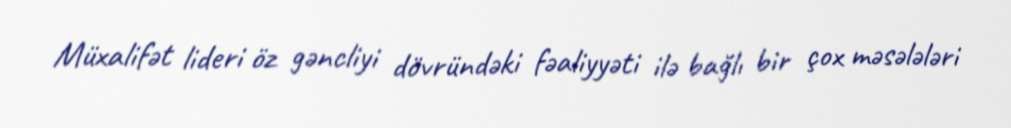
Müxalifət lideri öz gəncliyi dövründəki fəaliyyəti ilə bağlı bir çox məsələləri